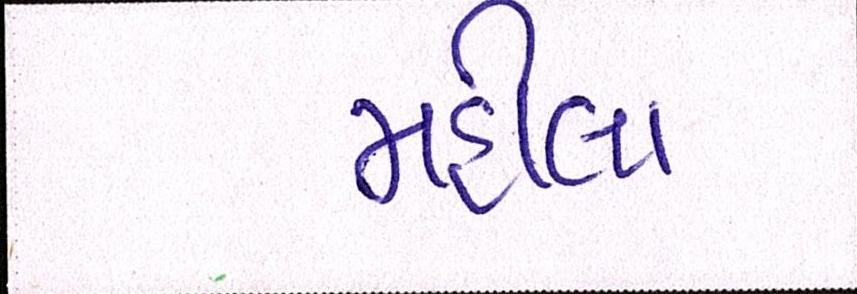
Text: મહીલા